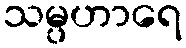
သမ္ပဟာရေ